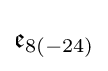
{\mathfrak {e}}_{8(-24)}